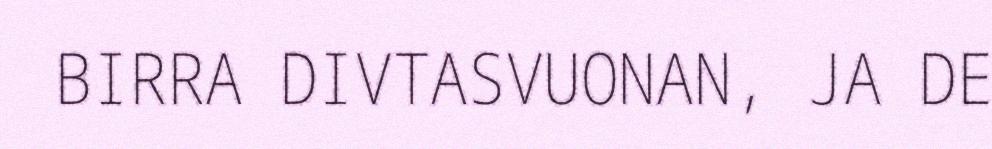
BIRRA DIVTASVUONAN, JA DE